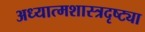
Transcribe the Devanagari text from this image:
अध्यात्मशास्त्रदृष्ट्या